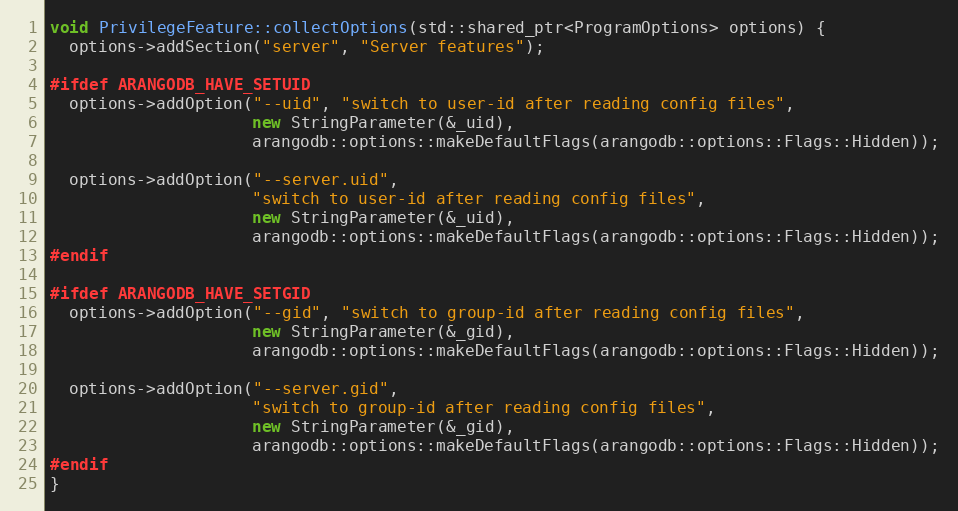
Language: C++
void PrivilegeFeature::collectOptions(std::shared_ptr<ProgramOptions> options) {
  options->addSection("server", "Server features");

#ifdef ARANGODB_HAVE_SETUID
  options->addOption("--uid", "switch to user-id after reading config files",
                     new StringParameter(&_uid),
                     arangodb::options::makeDefaultFlags(arangodb::options::Flags::Hidden));

  options->addOption("--server.uid",
                     "switch to user-id after reading config files",
                     new StringParameter(&_uid),
                     arangodb::options::makeDefaultFlags(arangodb::options::Flags::Hidden));
#endif

#ifdef ARANGODB_HAVE_SETGID
  options->addOption("--gid", "switch to group-id after reading config files",
                     new StringParameter(&_gid),
                     arangodb::options::makeDefaultFlags(arangodb::options::Flags::Hidden));

  options->addOption("--server.gid",
                     "switch to group-id after reading config files",
                     new StringParameter(&_gid),
                     arangodb::options::makeDefaultFlags(arangodb::options::Flags::Hidden));
#endif
}